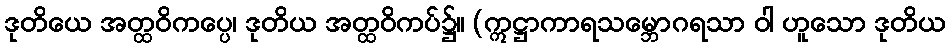
ဒုတိယေ အတ္ထဝိကပ္ပေ၊ ဒုတိယ အတ္ထဝိကပ်၌။ (ဣဋ္ဌာကာရသမ္ဘောဂရသာ ဝါ ဟူသော ဒုတိယ